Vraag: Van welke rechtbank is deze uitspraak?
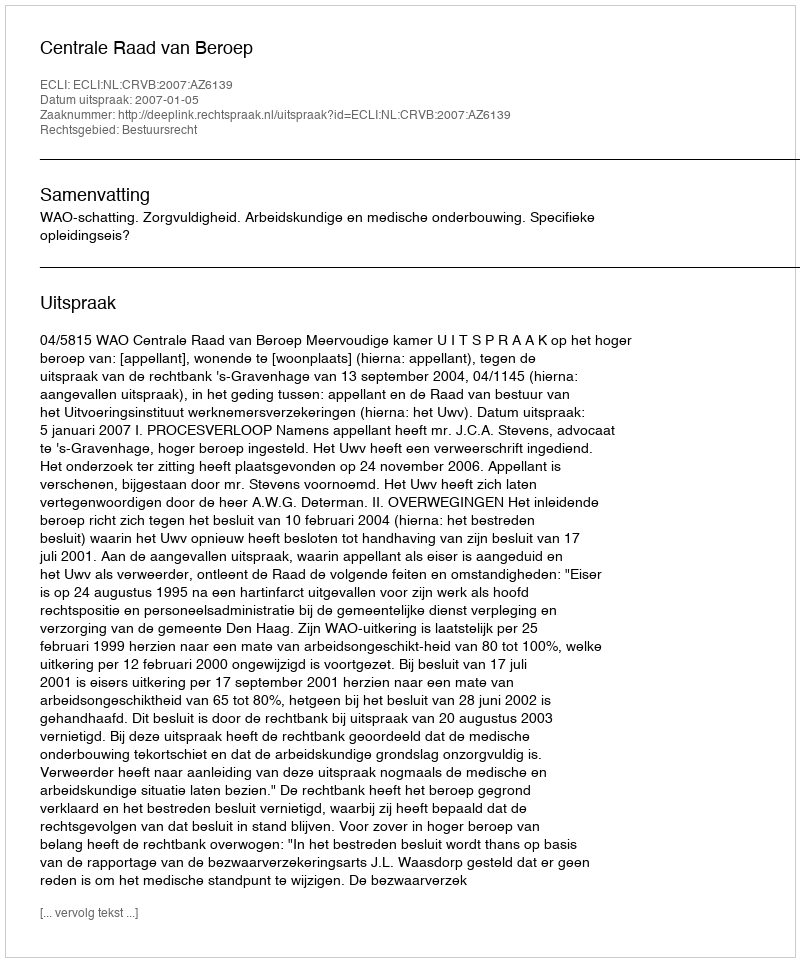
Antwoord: Centrale Raad van Beroep